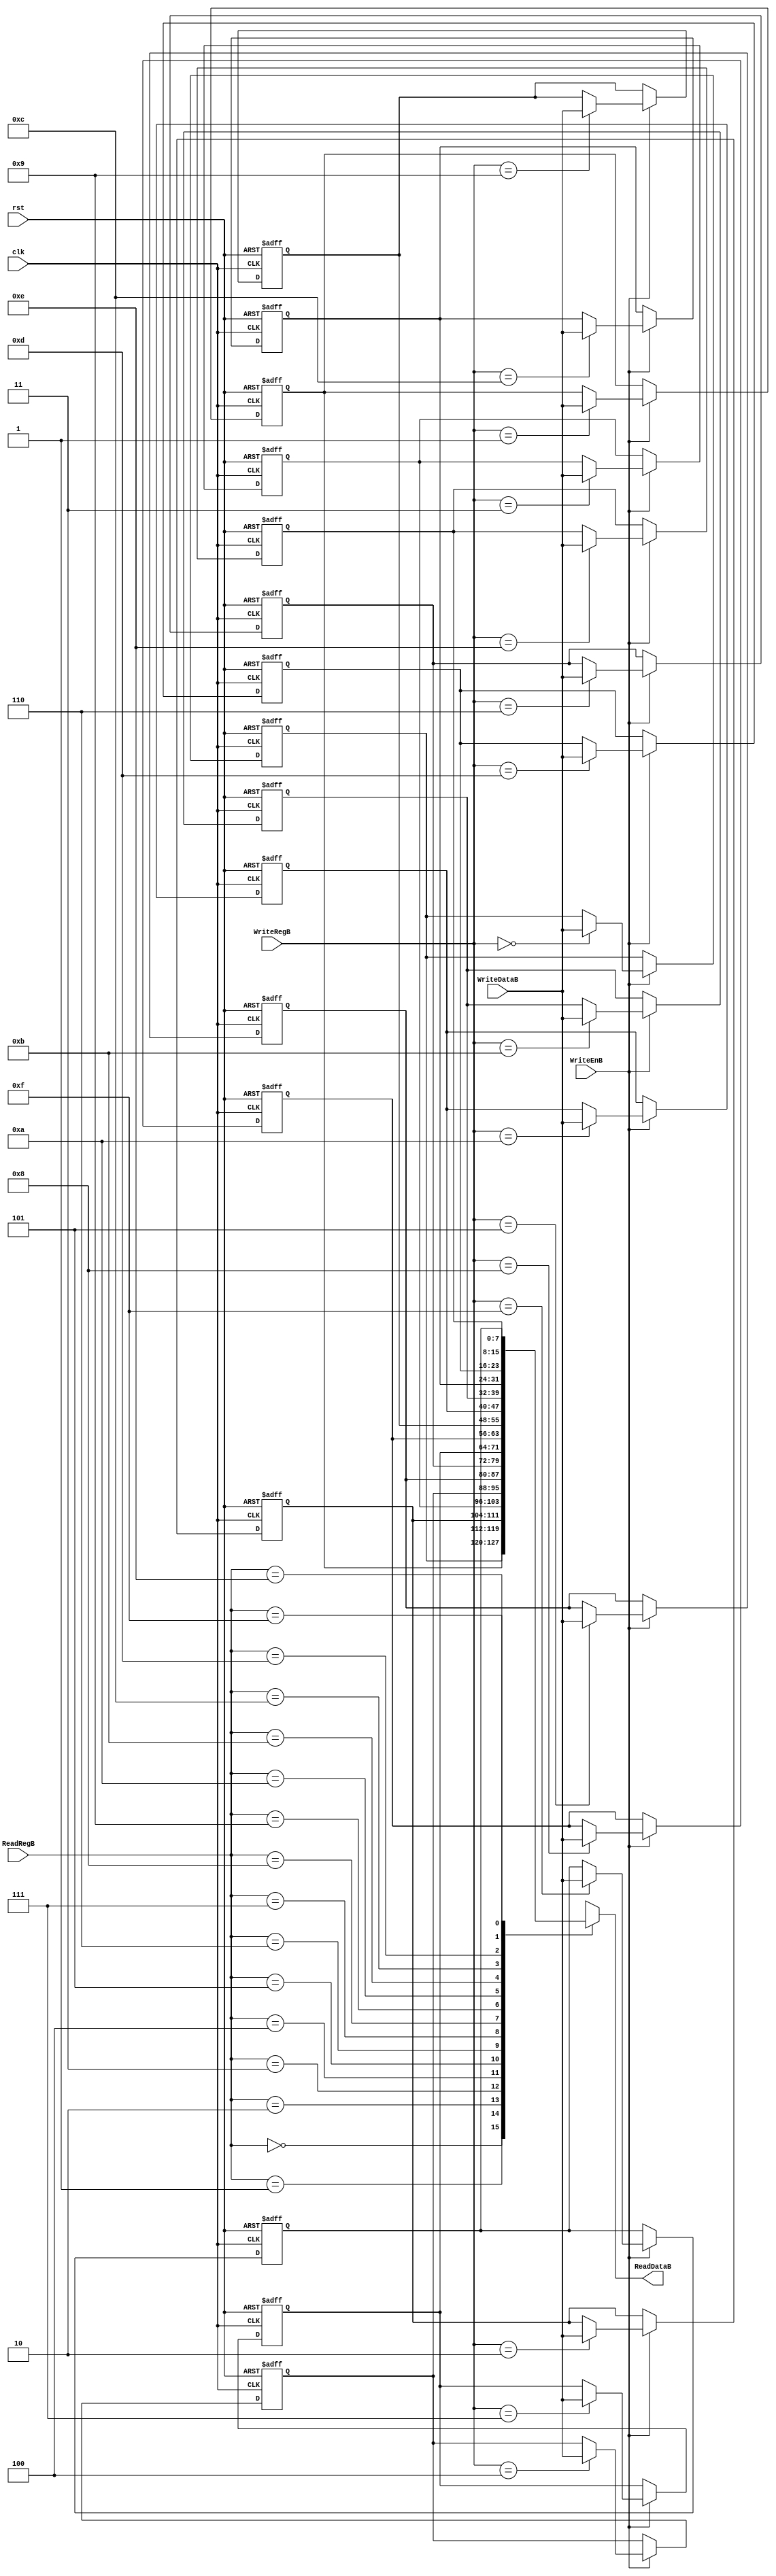
module RegisterFileB(
    WriteRegB, WriteDataB, WriteEnB, ReadRegB, clk, rst,
    ReadDataB
);

input [3:0] WriteRegB; //4bit   ּ
input [7:0] WriteDataB; //8bit  
input WriteEnB; //1bit input
input [3:0] ReadRegB; //4bit read  ּ
input clk, rst; //1bit input
output [7:0] ReadDataB; //8bit read 

reg [7:0] reg_file [0:15]; // 8bit reg Ÿ 16bit ִ  (register file table)

//ReadRegB ġ  read
assign ReadDataB = reg_file[ReadRegB];

//clk  ų rst ϰ   
always @(posedge clk or negedge rst) begin
    if(!rst) begin //rst 0  reg_file Ʒ  ʱȭ
        reg_file[0] = 8'h00000000;
        reg_file[1] = 8'h00000001;
        reg_file[2] = 8'h00000002;
        reg_file[3] = 8'h00000003;
        reg_file[4] = 8'h00000004;
        reg_file[5] = 8'h00000005;
        reg_file[6] = 8'h00000006;
        reg_file[7] = 8'h00000007;
        reg_file[8] = 8'h00000008;
        reg_file[9] = 8'h00000009;
        reg_file[10] = 8'h0000000a;
        reg_file[11] = 8'h0000000b;
        reg_file[12] = 8'h0000000c;
        reg_file[13] = 8'h0000000d;
        reg_file[14] = 8'h0000000e;
        reg_file[15] = 8'h0000000f;
    end
    //WriteEnB 1 , WriteDataB write
    else if(WriteEnB) reg_file[WriteRegB] <= WriteDataB;
end

endmodule